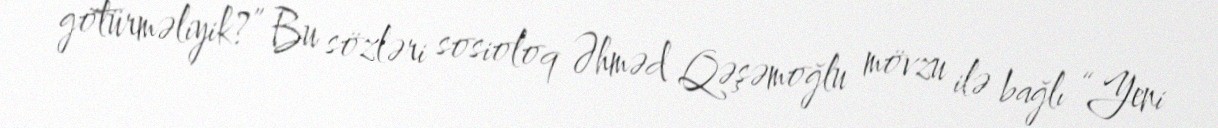
götürməliyik?” Bu sözləri sosioloq Əhməd Qəşəmoğlu mövzu ilə bağlı “Yeni